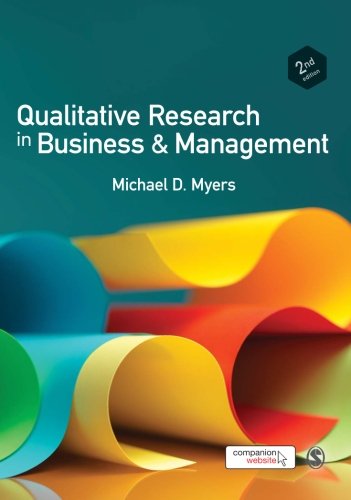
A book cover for Qualitative Research in Business and Management; Michael David Myers; Business & Money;